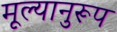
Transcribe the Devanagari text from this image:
मूल्यानुरूप